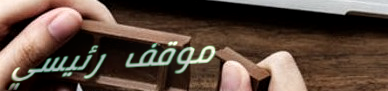
موقف رئيسي